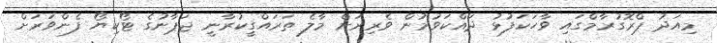
މިއަދު ޕްރޮގުރާމްގައި ވާހަކަފުޅު ދައްކަވުމުން ވެރިރަށް މާލެ ތަރައްގީކުރާނީ ޖަޕާނުގެ ޓޯކިޔޯ ފެންވަރަށް